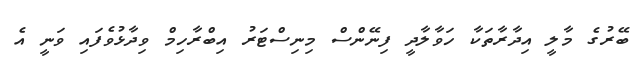
ބޭރުގެ މާލީ އިދާރާތަކާ ހަވާލާދީ ފިނޭންސް މިނިސްޓަރު އިބްރާހިމް ވިދާޅުވެފައި ވަނީ އެ